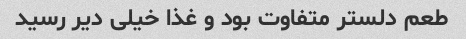
طعم دلستر متفاوت بود و غذا خیلی دیر رسید